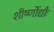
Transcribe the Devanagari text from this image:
शीर्ष्णोद्यौः